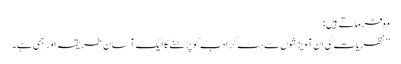
وہ فرماتے ہیں :
’’نظریات کی ان آویزشوں سے ہٹ کر ادب کو پڑھنے کا ایک آسان طریقہ اور بھی ہے۔